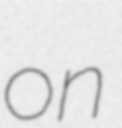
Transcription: on